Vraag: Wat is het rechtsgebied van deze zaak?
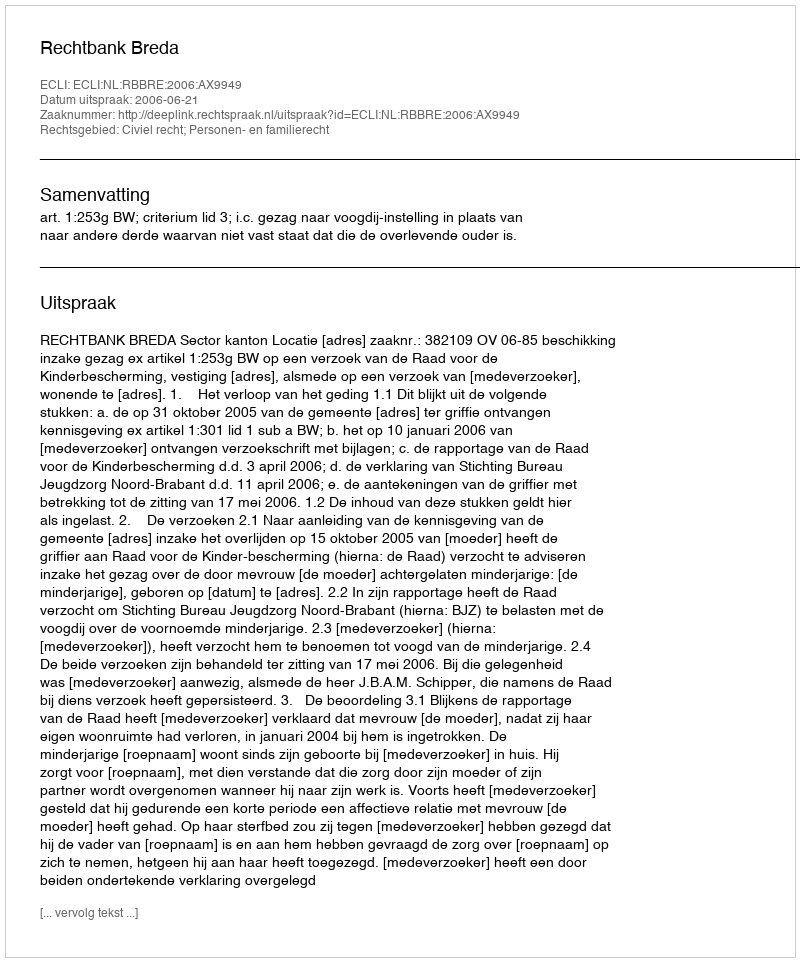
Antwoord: Civiel recht; Personen- en familierecht